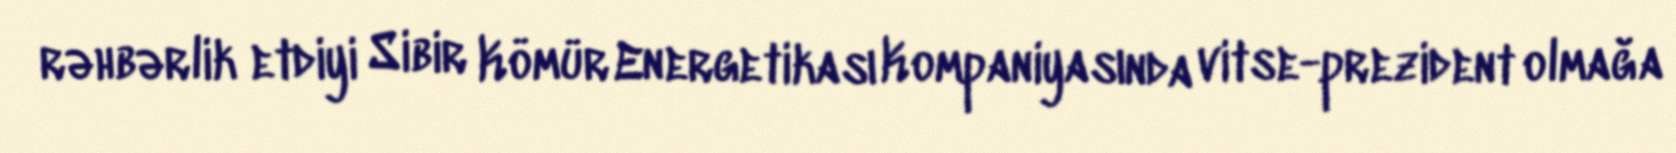
rəhbərlik etdiyi Sibir Kömür Energetikası Kompaniyasında vitse-prezident olmağa